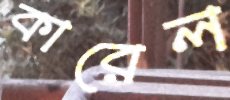
কারেল